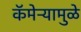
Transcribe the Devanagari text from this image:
कॅमेऱ्यामुळे